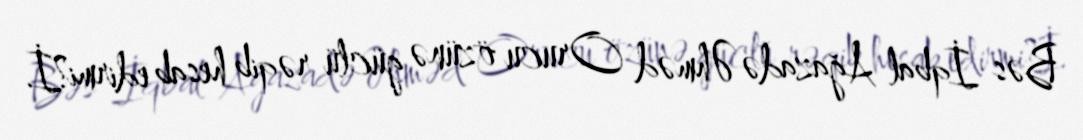
Bəs İqbal Ağazadə Əhməd Orucu özünə güclü rəqib hesab edirmi?İ.